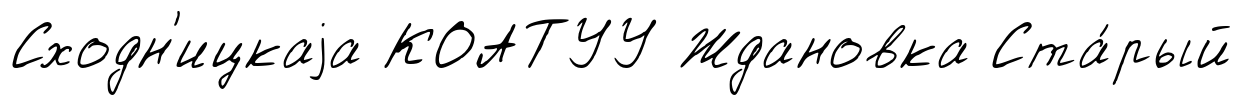
Сходн'ицкаjа КОАТУУ Ждановка Ста́рый